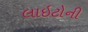
લાઇટોની